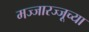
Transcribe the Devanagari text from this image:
मज्जारज्जूच्या